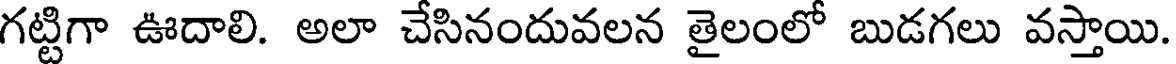
గట్టిగా ఊదాలి. అలా చేసినందువలన తైలంలో బుడగలు వస్తాయి.